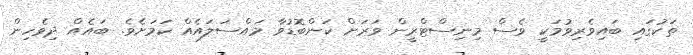
ތަކުގައި ބައިވެރިވުމަކީ ވެސް މިނިސްޓްރީން ވަރަށް ކަންބޮޑުވާ މައްސަލައެއް ކަމަށެވެ. ބައެއް ދިވެހިން